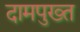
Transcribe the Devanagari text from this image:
दामपुख्त